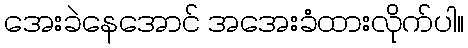
အေးခဲနေအောင် အအေးခံထားလိုက်ပါ။